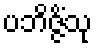
ပဘိဇ္ဇိံသု